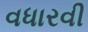
વધારવી